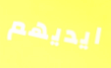
ايديهم